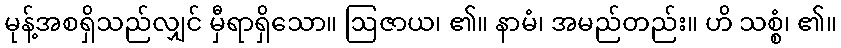
မုန့်အစရှိသည်လျှင် မှီရာရှိသော။ ဩဇာယ၊ ၏။ နာမံ၊ အမည်တည်း။ ဟိ သစ္စံ၊ ၏။